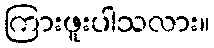
ကြားဖူးပါသလား။